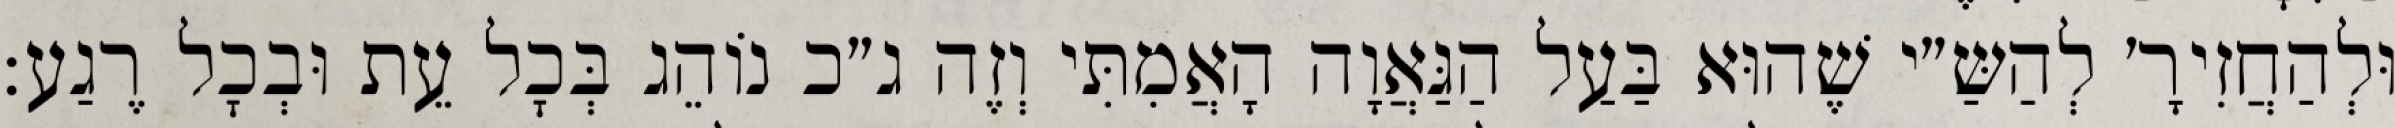
וּלְהַחֲזִירָ׳ לְהַשַּ״י שֶׁהוּא בַּעַל הַגַּאֲוָה הָאֲמִתִּי וְזֶה ג״כ נוֹהֵג בְּכׇל עֵת וּבְכׇל רֶגַע: